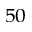
^ { 5 0 }